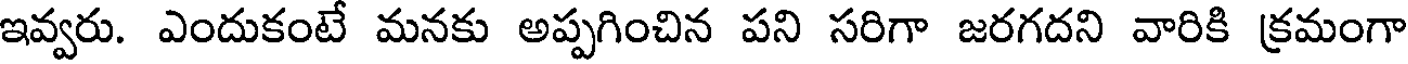
ఇవ్వరు. ఎందుకంటే మనకు అప్పగించిన పని సరిగా జరగదని వారికి క్రమంగా